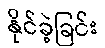
နိုင်ခဲ့ခြင်း